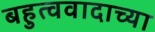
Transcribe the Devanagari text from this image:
बहुत्ववादाच्या